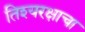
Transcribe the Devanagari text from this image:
तिश्यरक्षाचा